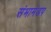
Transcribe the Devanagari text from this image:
संभामंडप